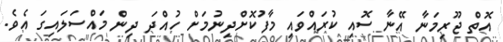
އޮތް ޖޫރިމަނާ އޭނާ ސޮއި ކުރައްވައި މާފުކޮށްދިނުމަށް ހުއްދަ ދިން މައްސަލައިގަ އެވެ.